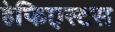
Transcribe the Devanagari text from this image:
हेफिएस्टस